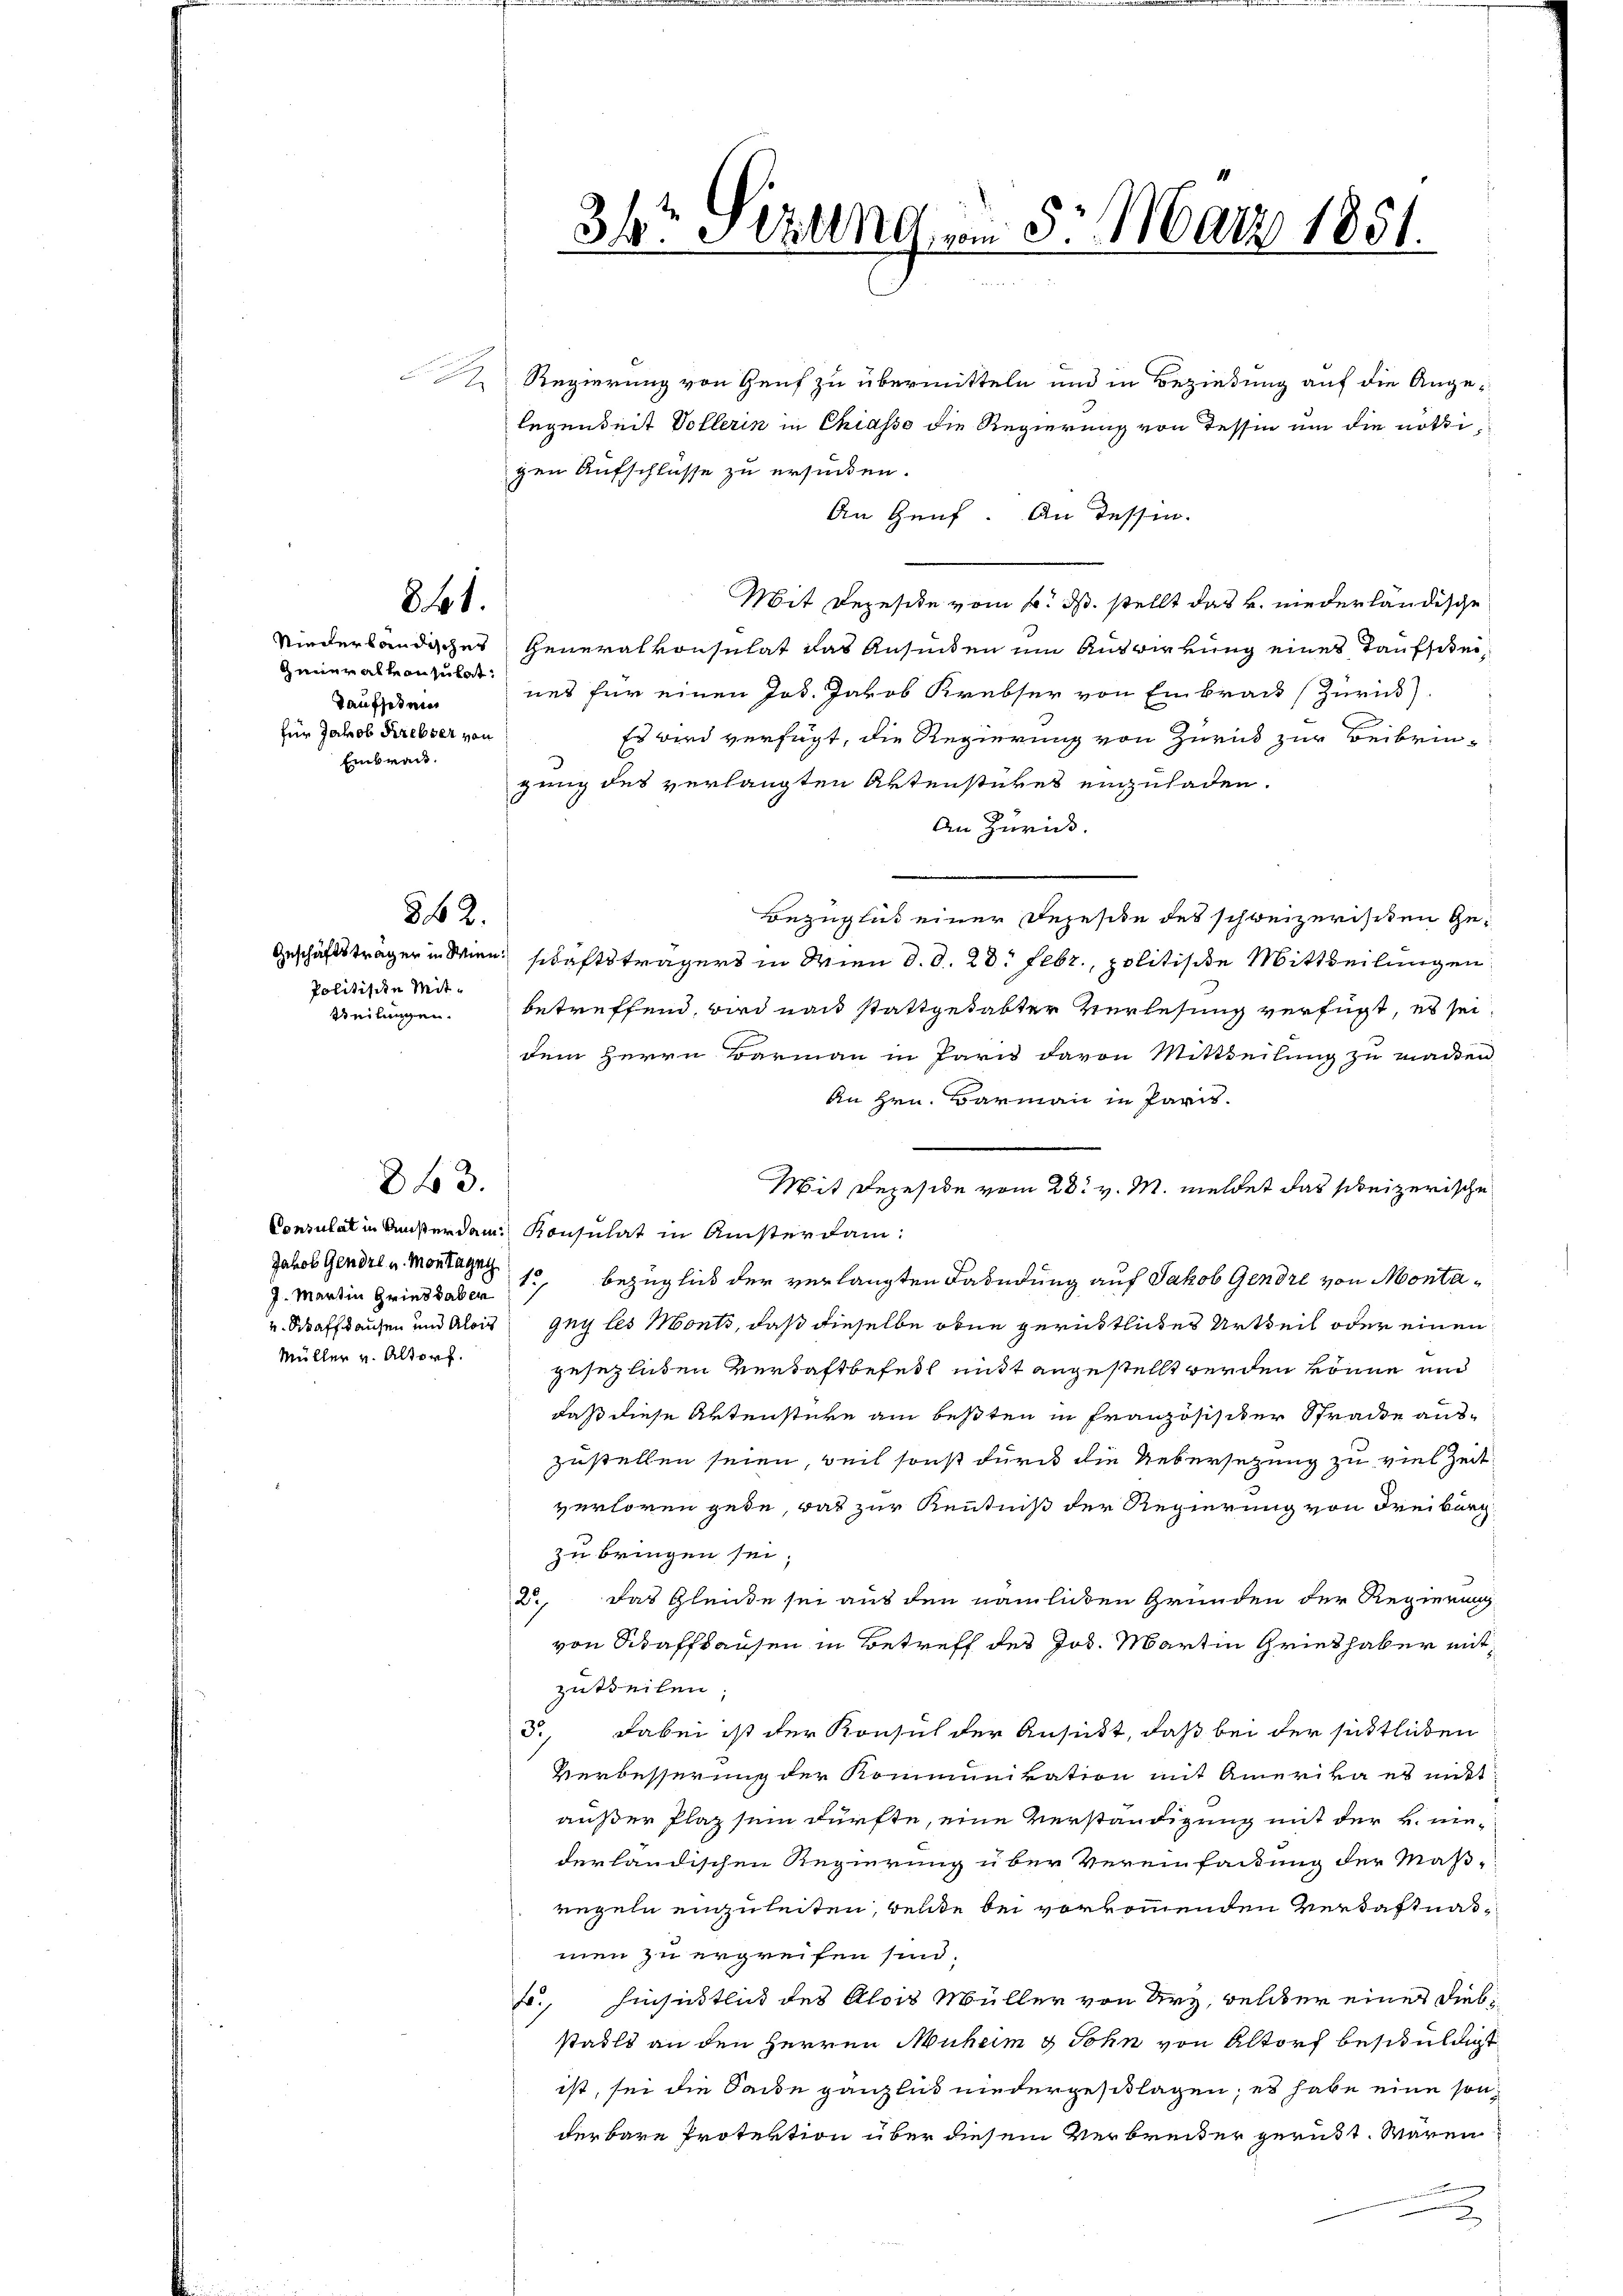
841.

Gener alle anzuhat:
Taufstein
für Jakob Krebser von
Einbracht.

862.

Politische Mit¬
Steilungen.

843.

Jakob Gendre u. Montagny
17
J. Martin Grindhaber
v. Schaffhausen und Alois
Müller v. Altorf.

36t Sizung am 5. März 1851.

2 Regierung von Genf zu übermitteln und in Beziehung auf die Angelegenheit Vollerin in Chiasso die Regierung von Tessin um die nöthigen Aufschlüsse zu ersuchen.
An Zünf. An dessin.
Mit Depesite vom 6. ds. stellt das k. niederländische
Niederbändischer Generalkonsulat das Ansünden um Auswirkung eines Taufscheines für einen Jos. Jakob Krebser von Einbrach (Zürich)
Es wird verfügt, die Regierung von Zurück zur Beibrinzung des verlangten Aktenstückes einzuladen.
An Zürich.
Bezüglich einer Dejesite des schweizerischen Ge¬
Geschäftsträger in Wien schaftsträgers in Wien d. d. 28. Febr., politische Mittheilungen
betreffend, wird nach stattgehabter Verlesung verfügt, es sei
dem Herrn Barmann in Paris davon Mittheilung zu machen
An Hrn. Barmann in Paris.
Consulat in Ansterdam Konsulat in Anisterdan¬
Bezüglich der verlangten Fahndung auf Jakob Gendre von Montagny les Monts, daß dieselbe oben gerüstliches Urtheil oder einen
gesezlichen Vertaftbefetl mitt angestellt werden könne und
daß diese Artenstere am besten in Französischer Strade auszustellen seien, weil sonst durch die Uebersetzung zu viel Zeit
verloren gede, was zur Kenntniß der Regierung von Freiburg
zu bringen sei,
2., das Gleide sei aus den nämlichen Gründen der Regierung
von Schaffhausen in Betreff des Jos. Martin Grieb haber mitzutheilen.
5., Dabei ist der Konsul der Ansicht, daß bei der sichtlichen
Verbesserung der Kommunikation mit Amerika es nicht
außer Plaz sein dürfte, eine Verständigung mit der k. nie-
derländischen Regierung über Vereinfackung der Maß-
regeln einzuleiten, welche bei vorkommenden Verdaftnasmen zu ergreifen sind.
b., Hinsichtlich des Alois Müller von Ury, welcher eines Diebstadts an den Herren Muheim & Sohn von Altorf beschuldigt
ist, sei die Sande gänzlich niedergeschlagen; es habe eine son
derbare Protektion über diesem Verbreiter gerübt. Wären
3

Mit Depeside vom 28. v. M. meldet das beizerische